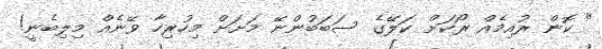
" ކޮން ރުއިމެއް ރޯކަށް ކަލޭގެ ސަބަބުންނޭ މަށަށް މިހުރިހާ ވޭނެއް މިލިބެނީ!